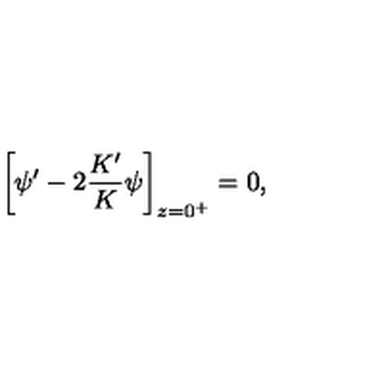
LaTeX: \bigg [ \psi ^ { \prime } - 2 \frac { K ^ { \prime } } { K } \psi \bigg ] _ { z = 0 ^ { + } } = 0 ,